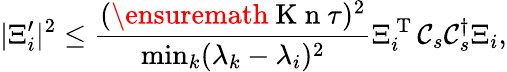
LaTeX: \vert\Xi_{i}^{\prime}\vert^{2}\leq\frac{(\ensuremath{\mathrm{~K~n~}}\tau)^{2}}{\operatorname*{min}_{k}(\lambda_{k}-\lambda_{i})^{2}}\Xi_{i}^{\mathrm{~T~}}\mathcal C_{s}\mathcal C_{s}^{\dagger}\Xi_{i},